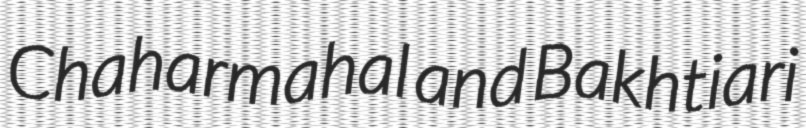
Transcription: Chaharmahal and Bakhtiari